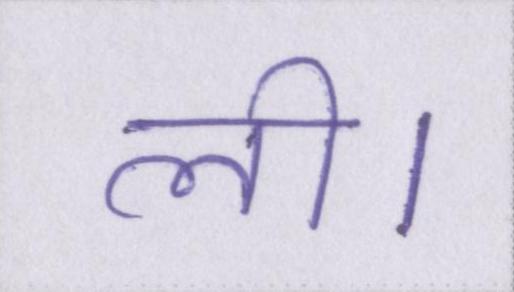
ली।